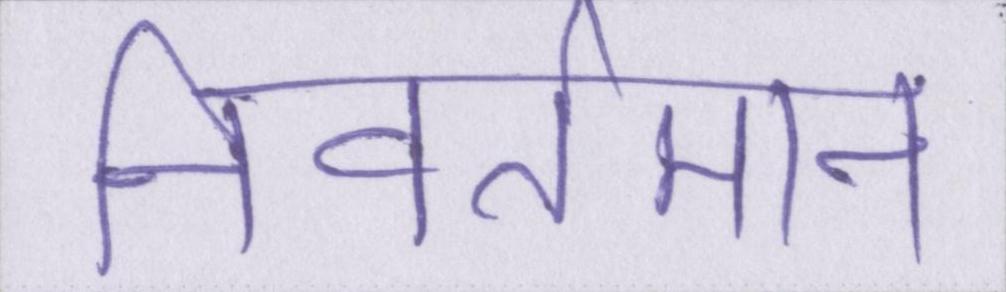
निवर्तमान